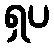
ရှပ